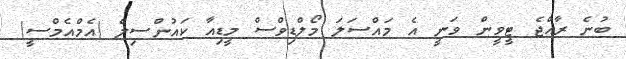
ބުނެ ރާއްޖެ ޓީވީން ވަނީ އެ މައްސަލަ މޯލްޑިވްސް މީޑިއާ ކައުންސިލް (އެމްއެމްސީ)